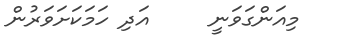
މިއަންގަވަނީ     އަދި ހަމަކަށަވަރުން